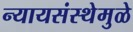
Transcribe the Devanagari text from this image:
न्यायसंस्थेमुळे